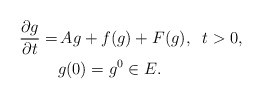
\begin{align*} \frac{\partial g}{\partial t} = &\,A g + f (g) + F(g), \;\; t > 0, \\&g(0) = g^0 \in E.\end{align*}